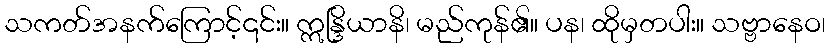
သကတ်အနက်ကြောင့်၎င်း။ ဣန္ဒြိယာနိ၊ မည်ကုန်၏။ ပန၊ ထိုမှတပါး။ သဗ္ဗာနေဝ၊